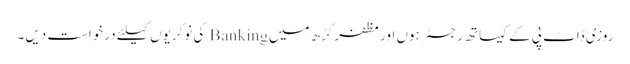
روزی ڈاٹ پی کے کیساتھ رجسٹر ہوں اور مظفرگڑھ میں Banking کی نوکریوں کیلئے درخواست دیں۔